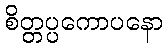
စိတ္တပ္ပကောပနော